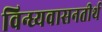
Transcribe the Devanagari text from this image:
विन्ध्यवासनतीर्थ